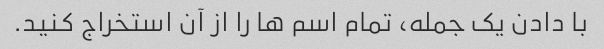
با دادن یک جمله، تمام اسم ها را از آن استخراج کنید.